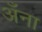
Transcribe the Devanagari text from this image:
अँना